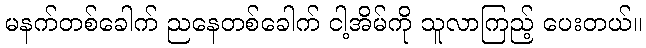
မနက်တစ်ခေါက် ညနေတစ်ခေါက် ငါ့အိမ်ကို သူလာကြည့် ပေးတယ်။